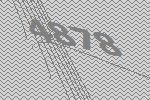
4878